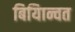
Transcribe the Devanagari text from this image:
बियािन्वत